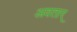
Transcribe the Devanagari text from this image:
अवतार्